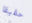
حقيقا